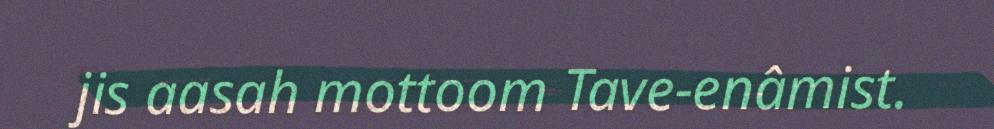
jis aasah mottoom Tave-enâmist.